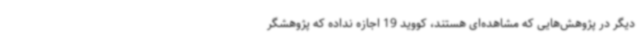
دیگر در پژوهش‌هایی که مشاهده‌ای هستند، کووید 19 اجازه نداده که پژوهشگر